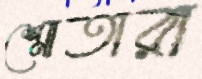
শ্রোতারা